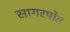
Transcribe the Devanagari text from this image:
सागरपोत